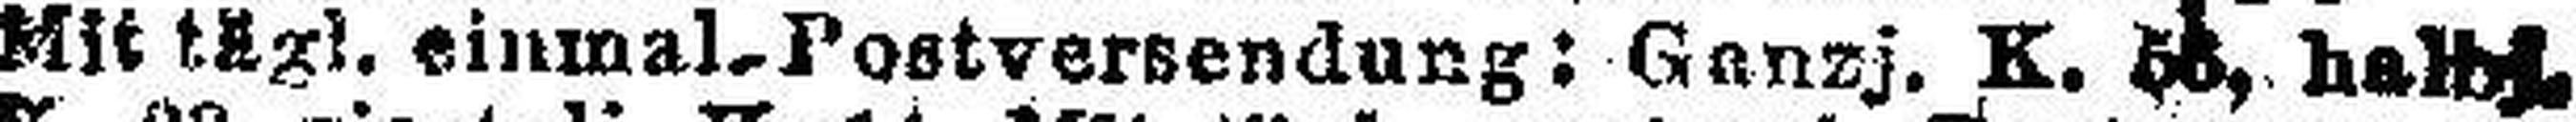
Mit tägl. einmal Postversendung: Ganzj. K. 56, haltel